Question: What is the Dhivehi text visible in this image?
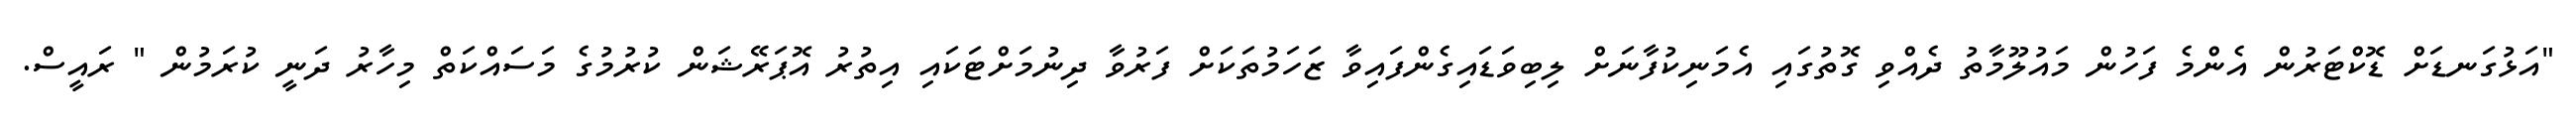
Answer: "އަޅުގަނޑަށް ޑޮކްޓަރުން އެންމެ ފަހުން މައުލޫމާތު ދެއްވި ގޮތުގައި އެމަނިކުފާނަށް ލިބިވަޑައިގެންފައިވާ ޒަހަމުތަކަށް ފަރުވާ ދިނުމަށްޓަކައި އިތުރު އޮޕަރޭޝަން ކުރުމުގެ މަސައްކަތް މިހާރު ދަނީ ކުރަމުން " ރައީސް.